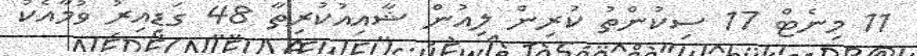
11 މިނެޓް 17 ސިކުންތު ކުރިން ލިއުން ޝާއިއުކުރިތާ 48 ގަޑިއިރު ވުމާއެކު